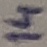
Text: 14